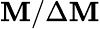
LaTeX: \mathbf{M}/\Delta\mathbf{M}